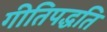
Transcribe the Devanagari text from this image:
गीतिपद्धति